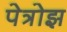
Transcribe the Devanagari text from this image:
पेत्रोझ